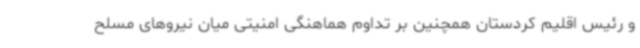
و رئیس اقلیم کردستان همچنین بر تداوم هماهنگی امنیتی میان نیروهای مسلح